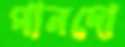
পানদো